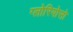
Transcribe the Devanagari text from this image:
ग्लोरियोसो